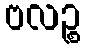
ဗလဉ္စ